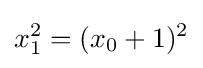
x_{1}^{2}=(x_{0}+1)^{2}